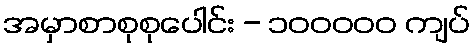
အမှာစာစုစုပေါင်း - ၁၀၀၀၀၀ ကျပ်